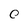
Character: 0